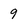
Character: 9